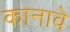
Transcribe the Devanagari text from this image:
कानावे